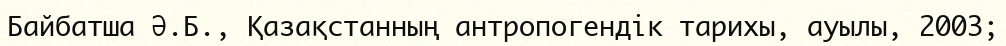
Байбатша Ә.Б., Қазақстанның антропогендік тарихы, ауылы, 2003;